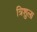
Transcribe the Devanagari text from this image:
त्रिशुला